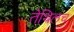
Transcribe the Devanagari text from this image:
तेथिलच